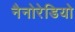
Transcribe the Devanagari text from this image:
नैनोरेडियो